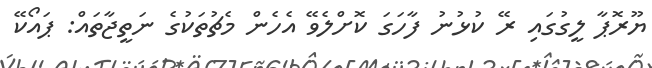
ޔޫރޮޕާ ލީގުގައި ރޭ ކުޅުނު ފާހަގަ ކޮށްލެވޭ އެހެން މެޗުތަކުގެ ނަތީޖާތައް: ޕައޯކޭ